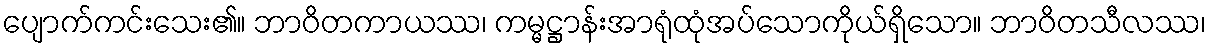
ပျောက်ကင်းသေး၏။ ဘာဝိတကာယဿ၊ ကမ္မဋ္ဌာန်းအာရုံထုံအပ်သောကိုယ်ရှိသော။ ဘာဝိတသီလဿ၊